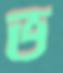
ভ